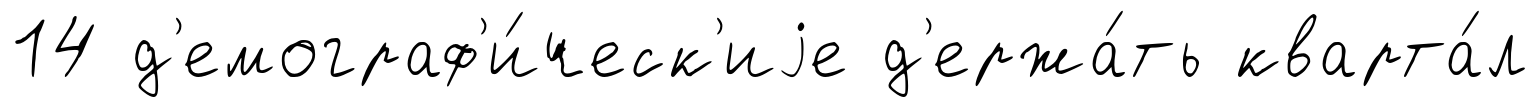
14 д'емограф'и́ческ'иjе д'ержа́ть кварта́л